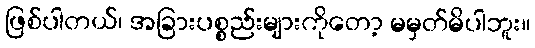
ဖြစ်ပါတယ်၊ အခြားပစ္စည်းများကိုတော့ မမှတ်မိပါဘူး။